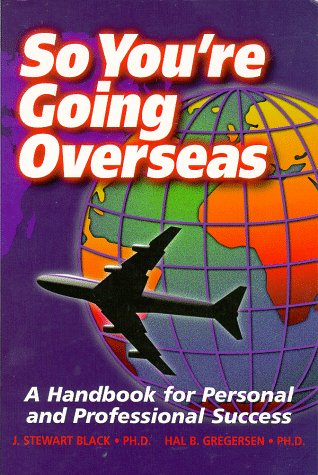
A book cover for So You're Going Overseas; Hal B. Gregersen; Travel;